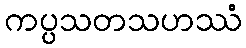
ကပ္ပသတသဟဿံ